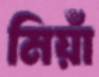
মিয়াঁ